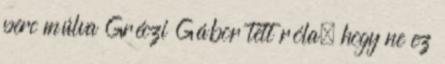
perc múlva Gréczi Gábor tett róla, hogy ne ez